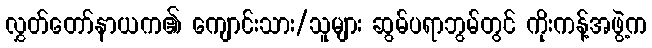
လွှတ်တော်နာယက၏ ကျောင်းသား/သူများ ဆွမ်ပရာဘွမ်တွင် ကိုးကန့်အဖွဲ့က